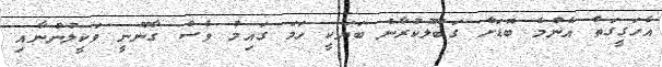
އެހަގީގަތް އެންމެ ބޮޑަށް ގަބޫލުކުރާނެ ބަޔަކީ ހަމަ ގައިމު ވެސް ގާނޫނީ ވަކީލުންނާއި